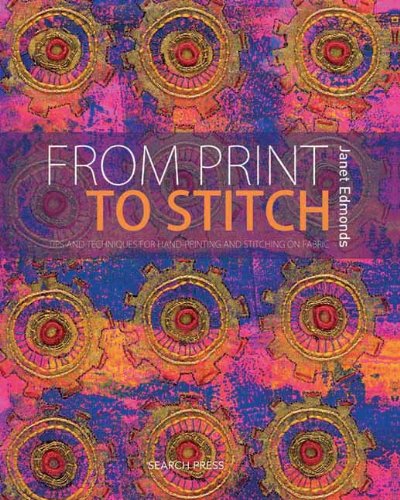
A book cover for From Print to Stitch: Tips and Techniques for Hand-Printing and Stitching on Fabric; Janet Edmonds; Crafts, Hobbies & Home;